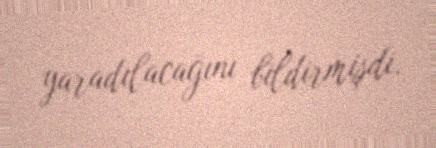
yaradılacağını bildirmişdi.